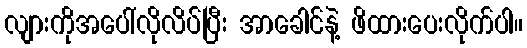
လျားကိုအပေါ်လိုလိပ်ပြီး အာခေါင်နဲ့ ဖိထားပေးလိုက်ပါ။